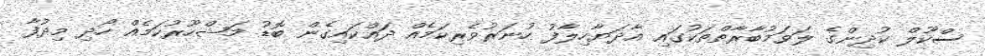
ސްކޫލް ކުދިންގެ ލަވަމުބާރާތްތަކުގައި އާދަޔާހިލާފު ހުނަރުވެރިކަމެއް ދައްކައިގެން ބޮޑު މަޝްހޫރުކަމެއް ހޯދި މިދުފާ